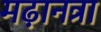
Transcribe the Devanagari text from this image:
मढ़ानत्रा